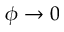
\phi \to 0